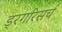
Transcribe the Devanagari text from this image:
ड्रगरिसर्च